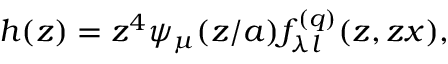
h ( z ) = z ^ { 4 } \psi _ { \mu } ( z / a ) f _ { \lambda l } ^ { ( q ) } ( z , z x ) ,